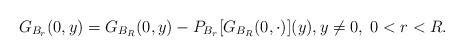
LaTeX: \begin{align*}G_{B_r}(0,y)=G_{B_R}(0,y)-P_{B_r}[G_{B_R}(0,\cdot)](y),y\neq0, \; 0<r<R. \end{align*}